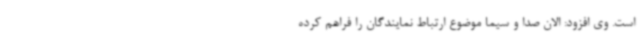
است. وی افزود: الان صدا و سیما موضوع ارتباط نمایندگان را فراهم کرده